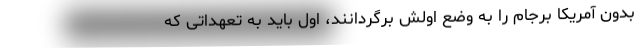
بدون آمریکا برجام را به وضع اولش برگردانند، اول باید به تعهداتی که